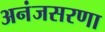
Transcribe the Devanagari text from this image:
अनंजसरणा